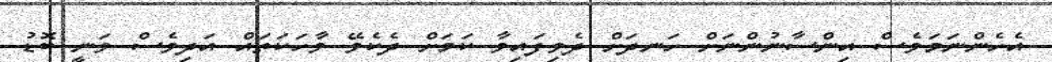
އެހެންނަމަވެސް އިންސާނުންނަށް ހަނދަށް ދެވިފައިވާ ކަމަށް ދެކެވޭ ވާހަކަތައް އަދިވެސް ވަނީ ބޮޑު